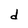
Character: d